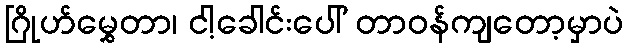
ဂြိုဟ်မွှေတာ၊ ငါ့ခေါင်းပေါ် တာဝန်ကျတော့မှာပဲ